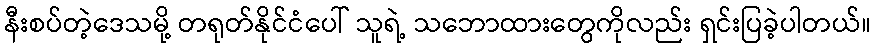
နီးစပ်တဲ့ဒေသမို့ တရုတ်နိုင်ငံပေါ် သူရဲ့ သဘောထားတွေကိုလည်း ရှင်းပြခဲ့ပါတယ်။